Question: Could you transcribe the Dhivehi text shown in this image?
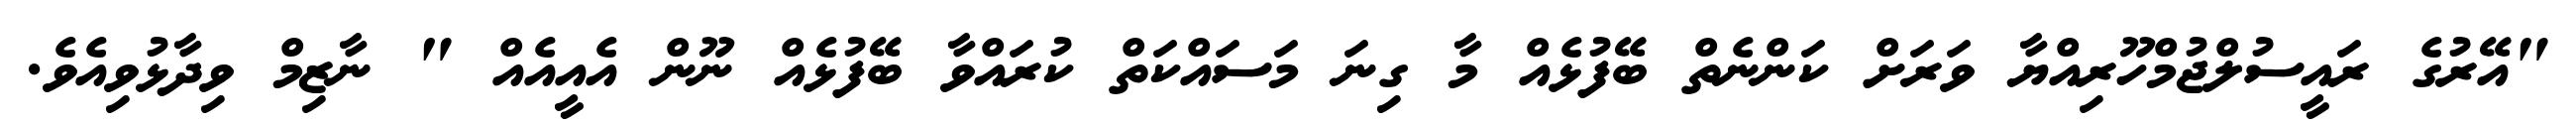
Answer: "އޭރުގެ ރައީސުލްޖުމްހޫރިއްޔާ ވަރަށް ކަންނެތް ބޭފުޅެއް މާ ގިނަ މަސައްކަތް ކުރައްވާ ބޭފުޅެއް ނޫން އެއީއެއް " ނާޒިމް ވިދާޅުވިއެވެ.